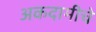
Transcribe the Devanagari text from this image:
अकदामीचे